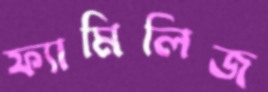
ফ্যামিলিজ